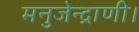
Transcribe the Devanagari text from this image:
मनुजेन्द्राणी।